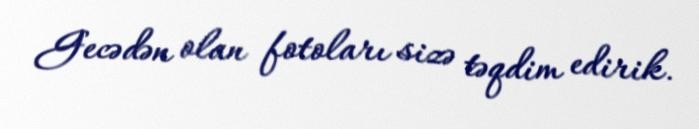
Gecədən olan fotoları sizə təqdim edirik.